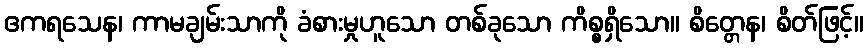
ဧကရသေန၊ ကာမချမ်းသာကို ခံစားမှုဟူသော တစ်ခုသော ကိစ္စရှိသော။ စိတ္တေန၊ စိတ်ဖြင့်။